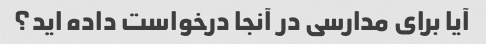
آیا برای مدارسی در آنجا درخواست داده اید؟